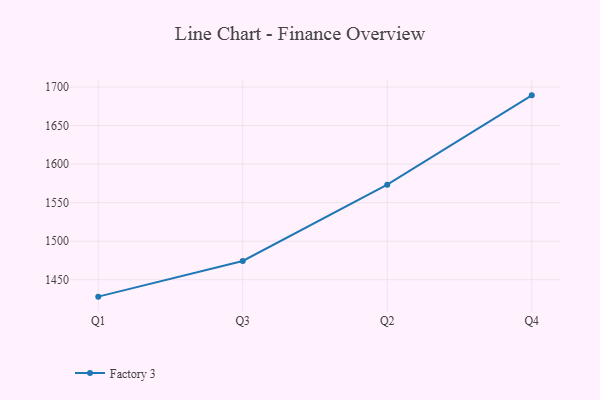
{"axis": {"x": "Quarter", "y": "Temperature (°C)"}, "legend": ["Factory 3"], "data": [{"x": "Q1", "y": 1428.0, "type": "Factory 3"}, {"x": "Q3", "y": 1474.3, "type": "Factory 3"}, {"x": "Q2", "y": 1573.4, "type": "Factory 3"}, {"x": "Q4", "y": 1689.3, "type": "Factory 3"}]}